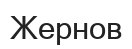
Жернов